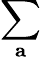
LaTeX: \sum_{\mathbf{a}}